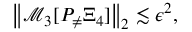
\begin{array} { r } { \left\| \mathcal { M } _ { 3 } [ P _ { \neq } \Xi _ { 4 } ] \right\| _ { 2 } \lesssim \epsilon ^ { 2 } , } \end{array}